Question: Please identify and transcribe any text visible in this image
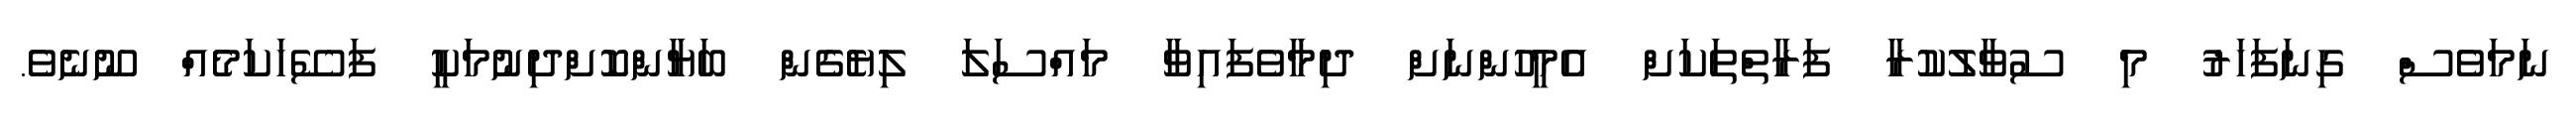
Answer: ނަމަވެސް ގިނަފަހަރު މި ސުވާލުކުރާ ފަރާތްތަކަށް އެމީހުންނަށް ދިމާވެފައިވާ މައްސަލަ ލިޔެގެން ބަޔާންކޮށްދިނުމަކީ ފަސޭހަކަމެއް ނޫނެވެ.